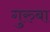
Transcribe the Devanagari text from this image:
गुरुबा